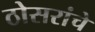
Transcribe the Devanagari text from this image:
ठोसरांचे